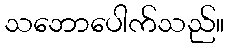
သဘောပေါက်သည်။